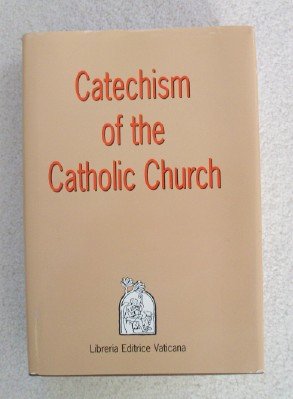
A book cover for Catechism of the Catholic Church/English; Liguori Publications; Christian Books & Bibles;